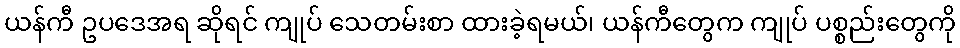
ယန်ကီ ဥပဒေအရ ဆိုရင် ကျုပ် သေတမ်းစာ ထားခဲ့ရမယ်၊ ယန်ကီတွေက ကျုပ် ပစ္စည်းတွေကို